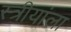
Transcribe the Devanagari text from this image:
स्त्रीयांला